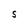
Character: S